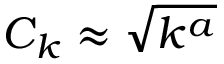
C _ { k } \approx \sqrt { k ^ { a } }